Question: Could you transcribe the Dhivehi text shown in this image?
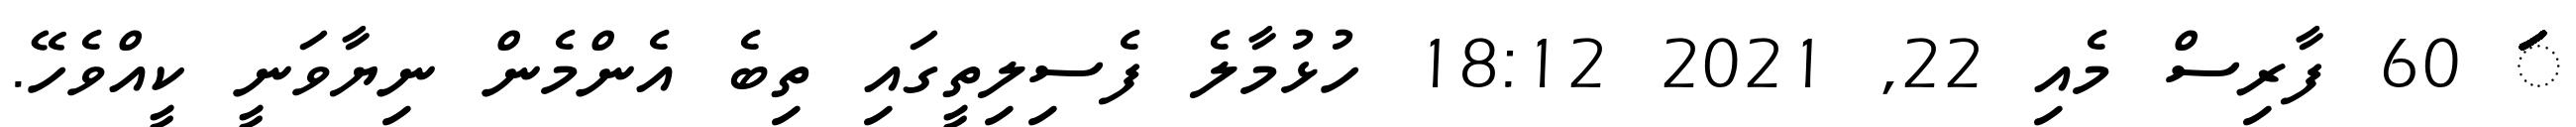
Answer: ަަަަަަަަަަަަަަަަަަަަަަަަަަަަަަަަަަަަަަަަަަަަަަަަަަަަަަަަަަ 60 ފާރިސް މެއި 22, 2021 18:12 ހުޅުމާލެ ފެސިލިތީގައި ތިބެ އެންމެން ނިޔާވަނީ ކީއްވެހޭ.